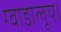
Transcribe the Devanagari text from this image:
ग्वाडालूप।